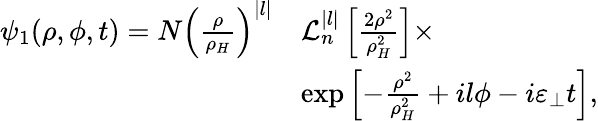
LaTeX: \begin{array}{rl}{\psi_{1}(\rho,\phi,t)=N\left(\frac{\rho}{\rho_{H}}\right)^{|l|}}&{\mathcal{L}_{n}^{|l|}\left[\frac{2\rho^{2}}{\rho_{H}^{2}}\right]\times}\\ &{\exp\left[-\frac{\rho^{2}}{\rho_{H}^{2}}+il\phi-i\varepsilon_{\perp}t\right],}\end{array}